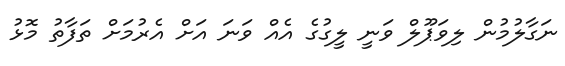
ނަގާލުމުން ލިވަޕޫލް ވަނީ ލީގުގެ އެއް ވަނަ އަށް އެރުމަށް ތަފާތު މޮޅު